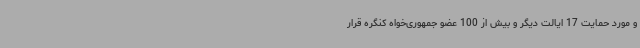
و مورد حمایت 17 ایالت دیگر و بیش از 100 عضو جمهوری‌خواه کنگره قرار